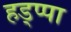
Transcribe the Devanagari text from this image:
हड्प्पा